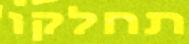
תחלקו